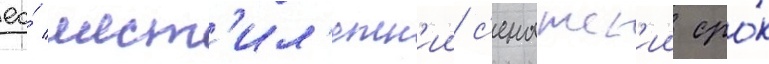
ео́ шест'ил'етн'ии с'енатск'ии сро́к